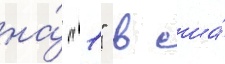
на́ "1" в сша́